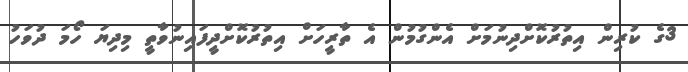
3ގެ ކުރިން އިތުރުކޮށްދިނުމަށް އެންގުމުން އެ ތާރީހަށް އިތުރުކޮށްދީފައިނުވާތީ މިދިޔަ ހޯމަ ދުވަހު